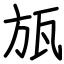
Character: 瓬